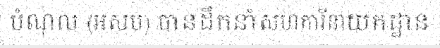
បំណុល (អសប) បានដឹកនាំសហការីនាយកដ្ឋាន